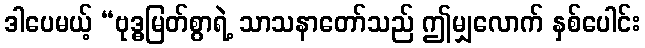
ဒါပေမယ့် “ဗုဒ္ဓမြတ်စွာရဲ့ သာသနာတော်သည် ဤမျှလောက် နှစ်ပေါင်း